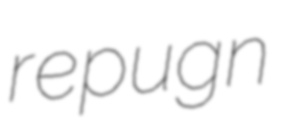
repugn